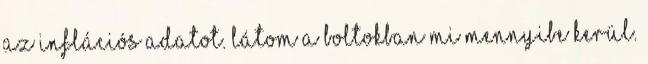
az inflációs adatot. Látom a boltokban mi mennyibe kerül.